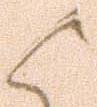
候